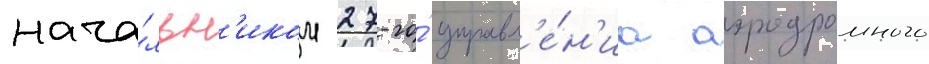
нача́льн'иком 27-го́ управл'е́н'иа аэродромного